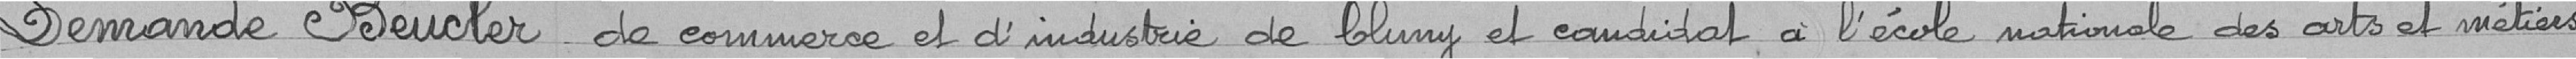
Demande Beucler de commerce et d'industrie de Cluny et candidat à l'école nationale des arts et métiers